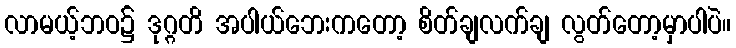
လာမယ့်ဘဝ၌ ဒုဂ္ဂတိ အပါယ်ဘေးကတော့ စိတ်ချလက်ချ လွတ်တော့မှာပါပဲ။